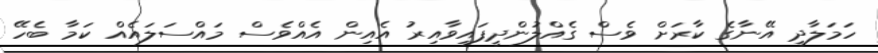
ހަމަލާދީ އޭނާގެ ކާރަށް ވެސް ގެއްލުންދީފައިވާއިރު އެއިން އެއްވެސް މައްސަލައެއް ކަމާ ބެހޭ